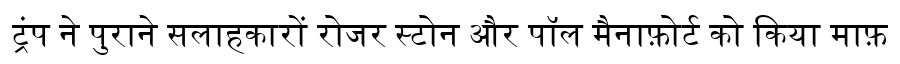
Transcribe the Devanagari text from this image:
ट्रंप ने पुराने सलाहकारों रोजर स्टोन और पॉल मैनाफ़ोर्ट को किया माफ़